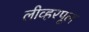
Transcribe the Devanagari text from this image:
लीव्हरपूल